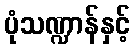
ပုံသဏ္ဍာန်နှင့်